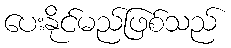
ပေးနိုင်မည်ဖြစ်သည်